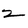
Character: 2